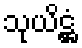
သုယိဋ္ဌံ